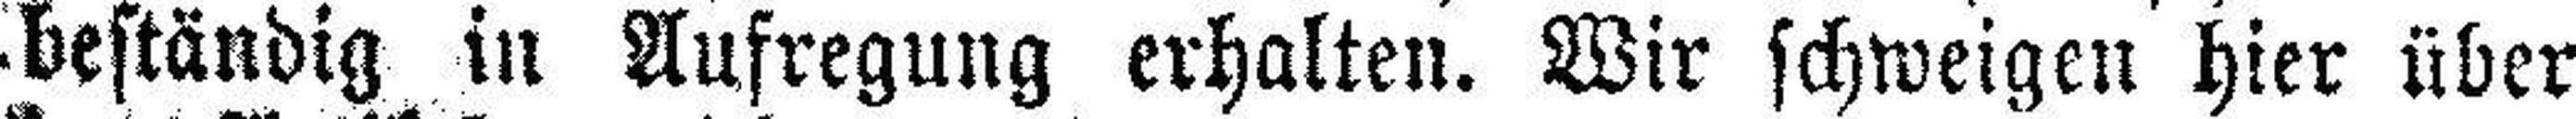
beständig in Aufregung erhalten. Wir schweigen hier über